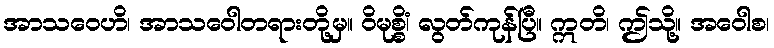
အာသဝေဟိ၊ အာသဝေါတရားတို့မှ။ ဝိမုစ္စိံ၊ လွတ်ကုန်ပြီ။ ဣတိ၊ ဤသို့။ အဝေါစ၊